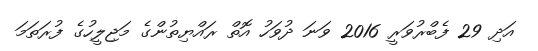
އަދި 29 ފެބްރުވަރީ 2016 ވަނަ ދުވަހު އޮތް ރައްޔިތުންގެ މަޖިލީހުގެ ފުރަތަމަ